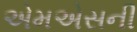
એમએસની